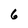
Character: 6